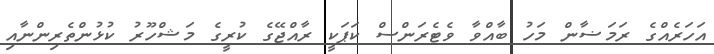
އަހަރެއްގެ ރަމަޟާން މަހު ބާއްވާ ވެޓެރަންސް ކަޕަކީ ރާއްޖޭގެ ކުރީގެ މަޝްހޫރު ކުޅުންތެރިންނާއި